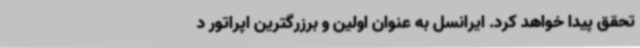
تحقق پیدا خواهد کرد. ایرانسل به عنوان اولین و برزرگترین اپراتور د